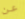
عن